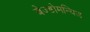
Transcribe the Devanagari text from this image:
बेज्डोमन्यिज